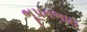
ભૂપતભાઇ